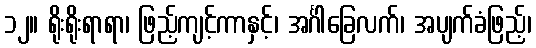
၁၂။ ရိုးရိုးရာရာ၊ ဖြည့်ကျင့်ကာနှင့်၊ အင်္ဂါခြေလက်၊ အပျက်ခံဖြည့်၊